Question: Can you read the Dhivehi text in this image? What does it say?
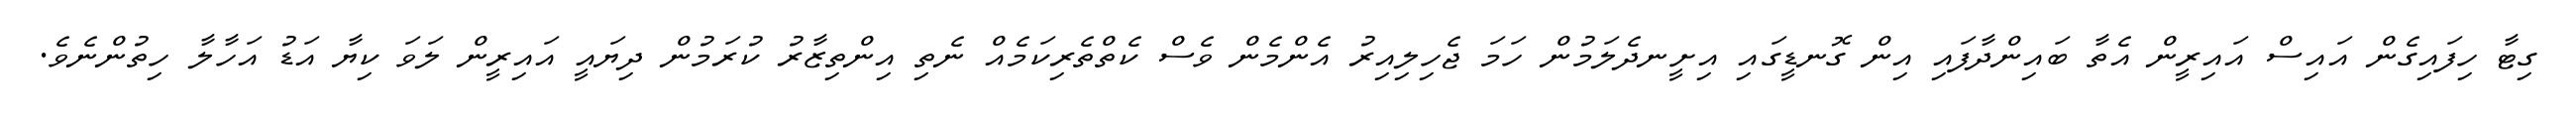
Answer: ގިޓާ ހިފައިގެން އައިސް އައިރީން އެތާ ބައިންދާފައި އިން ގޮނޑީގައި އިށީނދެލަމުން ހަމަ ޖެހިލިއިރު އެންމެން ވެސް ކެތްތެރިކަމެއް ނެތި އިންތިޒާރު ކުރަމުން ދިޔައީ އައިރީން ލަވަ ކިޔާ އަޑު އަހާލާ ހިތުންނެވެ.